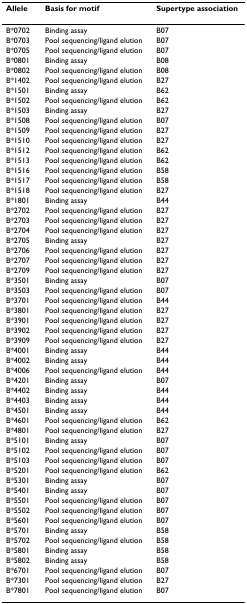
<table><thead><tr><td><b>Allele</b></td><td><b>Basis for motif</b></td><td><b>Supertype association</b></td></tr></thead><tbody><tr><td>B*0702</td><td>Binding assay</td><td>B07</td></tr><tr><td>B*0703</td><td>Pool sequencing/ligand elution</td><td>B07</td></tr><tr><td>B*0705</td><td>Pool sequencing/ligand elution</td><td>B07</td></tr><tr><td>B*0801</td><td>Binding assay</td><td>B08</td></tr><tr><td>B*0802</td><td>Pool sequencing/ligand elution</td><td>B08</td></tr><tr><td>B*1402</td><td>Pool sequencing/ligand elution</td><td>B27</td></tr><tr><td>B*1501</td><td>Binding assay</td><td>B62</td></tr><tr><td>B*1502</td><td>Pool sequencing/ligand elution</td><td>B62</td></tr><tr><td>B*1503</td><td>Binding assay</td><td>B27</td></tr><tr><td>B*1508</td><td>Pool sequencing/ligand elution</td><td>B07</td></tr><tr><td>B*1509</td><td>Pool sequencing/ligand elution</td><td>B27</td></tr><tr><td>B*1510</td><td>Pool sequencing/ligand elution</td><td>B27</td></tr><tr><td>B*1512</td><td>Pool sequencing/ligand elution</td><td>B62</td></tr><tr><td>B*1513</td><td>Pool sequencing/ligand elution</td><td>B62</td></tr><tr><td>B*1516</td><td>Pool sequencing/ligand elution</td><td>B58</td></tr><tr><td>B*1517</td><td>Pool sequencing/ligand elution</td><td>B58</td></tr><tr><td>B*1518</td><td>Pool sequencing/ligand elution</td><td>B27</td></tr><tr><td>B*1801</td><td>Binding assay</td><td>B44</td></tr><tr><td>B*2702</td><td>Pool sequencing/ligand elution</td><td>B27</td></tr><tr><td>B*2703</td><td>Pool sequencing/ligand elution</td><td>B27</td></tr><tr><td>B*2704</td><td>Pool sequencing/ligand elution</td><td>B27</td></tr><tr><td>B*2705</td><td>Binding assay</td><td>B27</td></tr><tr><td>B*2706</td><td>Pool sequencing/ligand elution</td><td>B27</td></tr><tr><td>B*2707</td><td>Pool sequencing/ligand elution</td><td>B27</td></tr><tr><td>B*2709</td><td>Pool sequencing/ligand elution</td><td>B27</td></tr><tr><td>B*3501</td><td>Binding assay</td><td>B07</td></tr><tr><td>B*3503</td><td>Pool sequencing/ligand elution</td><td>B07</td></tr><tr><td>B*3701</td><td>Pool sequencing/ligand elution</td><td>B44</td></tr><tr><td>B*3801</td><td>Pool sequencing/ligand elution</td><td>B27</td></tr><tr><td>B*3901</td><td>Pool sequencing/ligand elution</td><td>B27</td></tr><tr><td>B*3902</td><td>Pool sequencing/ligand elution</td><td>B27</td></tr><tr><td>B*3909</td><td>Pool sequencing/ligand elution</td><td>B27</td></tr><tr><td>B*4001</td><td>Binding assay</td><td>B44</td></tr><tr><td>B*4002</td><td>Binding assay</td><td>B44</td></tr><tr><td>B*4006</td><td>Pool sequencing/ligand elution</td><td>B44</td></tr><tr><td>B*4201</td><td>Binding assay</td><td>B07</td></tr><tr><td>B*4402</td><td>Binding assay</td><td>B44</td></tr><tr><td>B*4403</td><td>Binding assay</td><td>B44</td></tr><tr><td>B*4501</td><td>Binding assay</td><td>B44</td></tr><tr><td>B*4601</td><td>Pool sequencing/ligand elution</td><td>B62</td></tr><tr><td>B*4801</td><td>Pool sequencing/ligand elution</td><td>B27</td></tr><tr><td>B*5101</td><td>Binding assay</td><td>B07</td></tr><tr><td>B*5102</td><td>Pool sequencing/ligand elution</td><td>B07</td></tr><tr><td>B*5103</td><td>Pool sequencing/ligand elution</td><td>B07</td></tr><tr><td>B*5201</td><td>Pool sequencing/ligand elution</td><td>B62</td></tr><tr><td>B*5301</td><td>Binding assay</td><td>B07</td></tr><tr><td>B*5401</td><td>Binding assay</td><td>B07</td></tr><tr><td>B*5501</td><td>Pool sequencing/ligand elution</td><td>B07</td></tr><tr><td>B*5502</td><td>Pool sequencing/ligand elution</td><td>B07</td></tr><tr><td>B*5601</td><td>Pool sequencing/ligand elution</td><td>B07</td></tr><tr><td>B*5701</td><td>Binding assay</td><td>B58</td></tr><tr><td>B*5702</td><td>Pool sequencing/ligand elution</td><td>B58</td></tr><tr><td>B*5801</td><td>Binding assay</td><td>B58</td></tr><tr><td>B*5802</td><td>Binding assay</td><td>B58</td></tr><tr><td>B*6701</td><td>Pool sequencing/ligand elution</td><td>B07</td></tr><tr><td>B*7301</td><td>Pool sequencing/ligand elution</td><td>B27</td></tr><tr><td>B*7801</td><td>Pool sequencing/ligand elution</td><td>B07</td></tr></tbody></table>